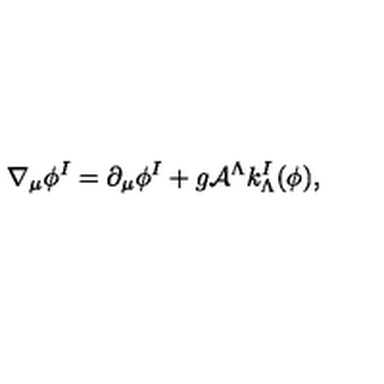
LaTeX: \nabla _ { \mu } \phi ^ { I } = \partial _ { \mu } \phi ^ { I } + g { \cal A } ^ { \Lambda } k _ { \Lambda } ^ { I } ( \phi ) ,